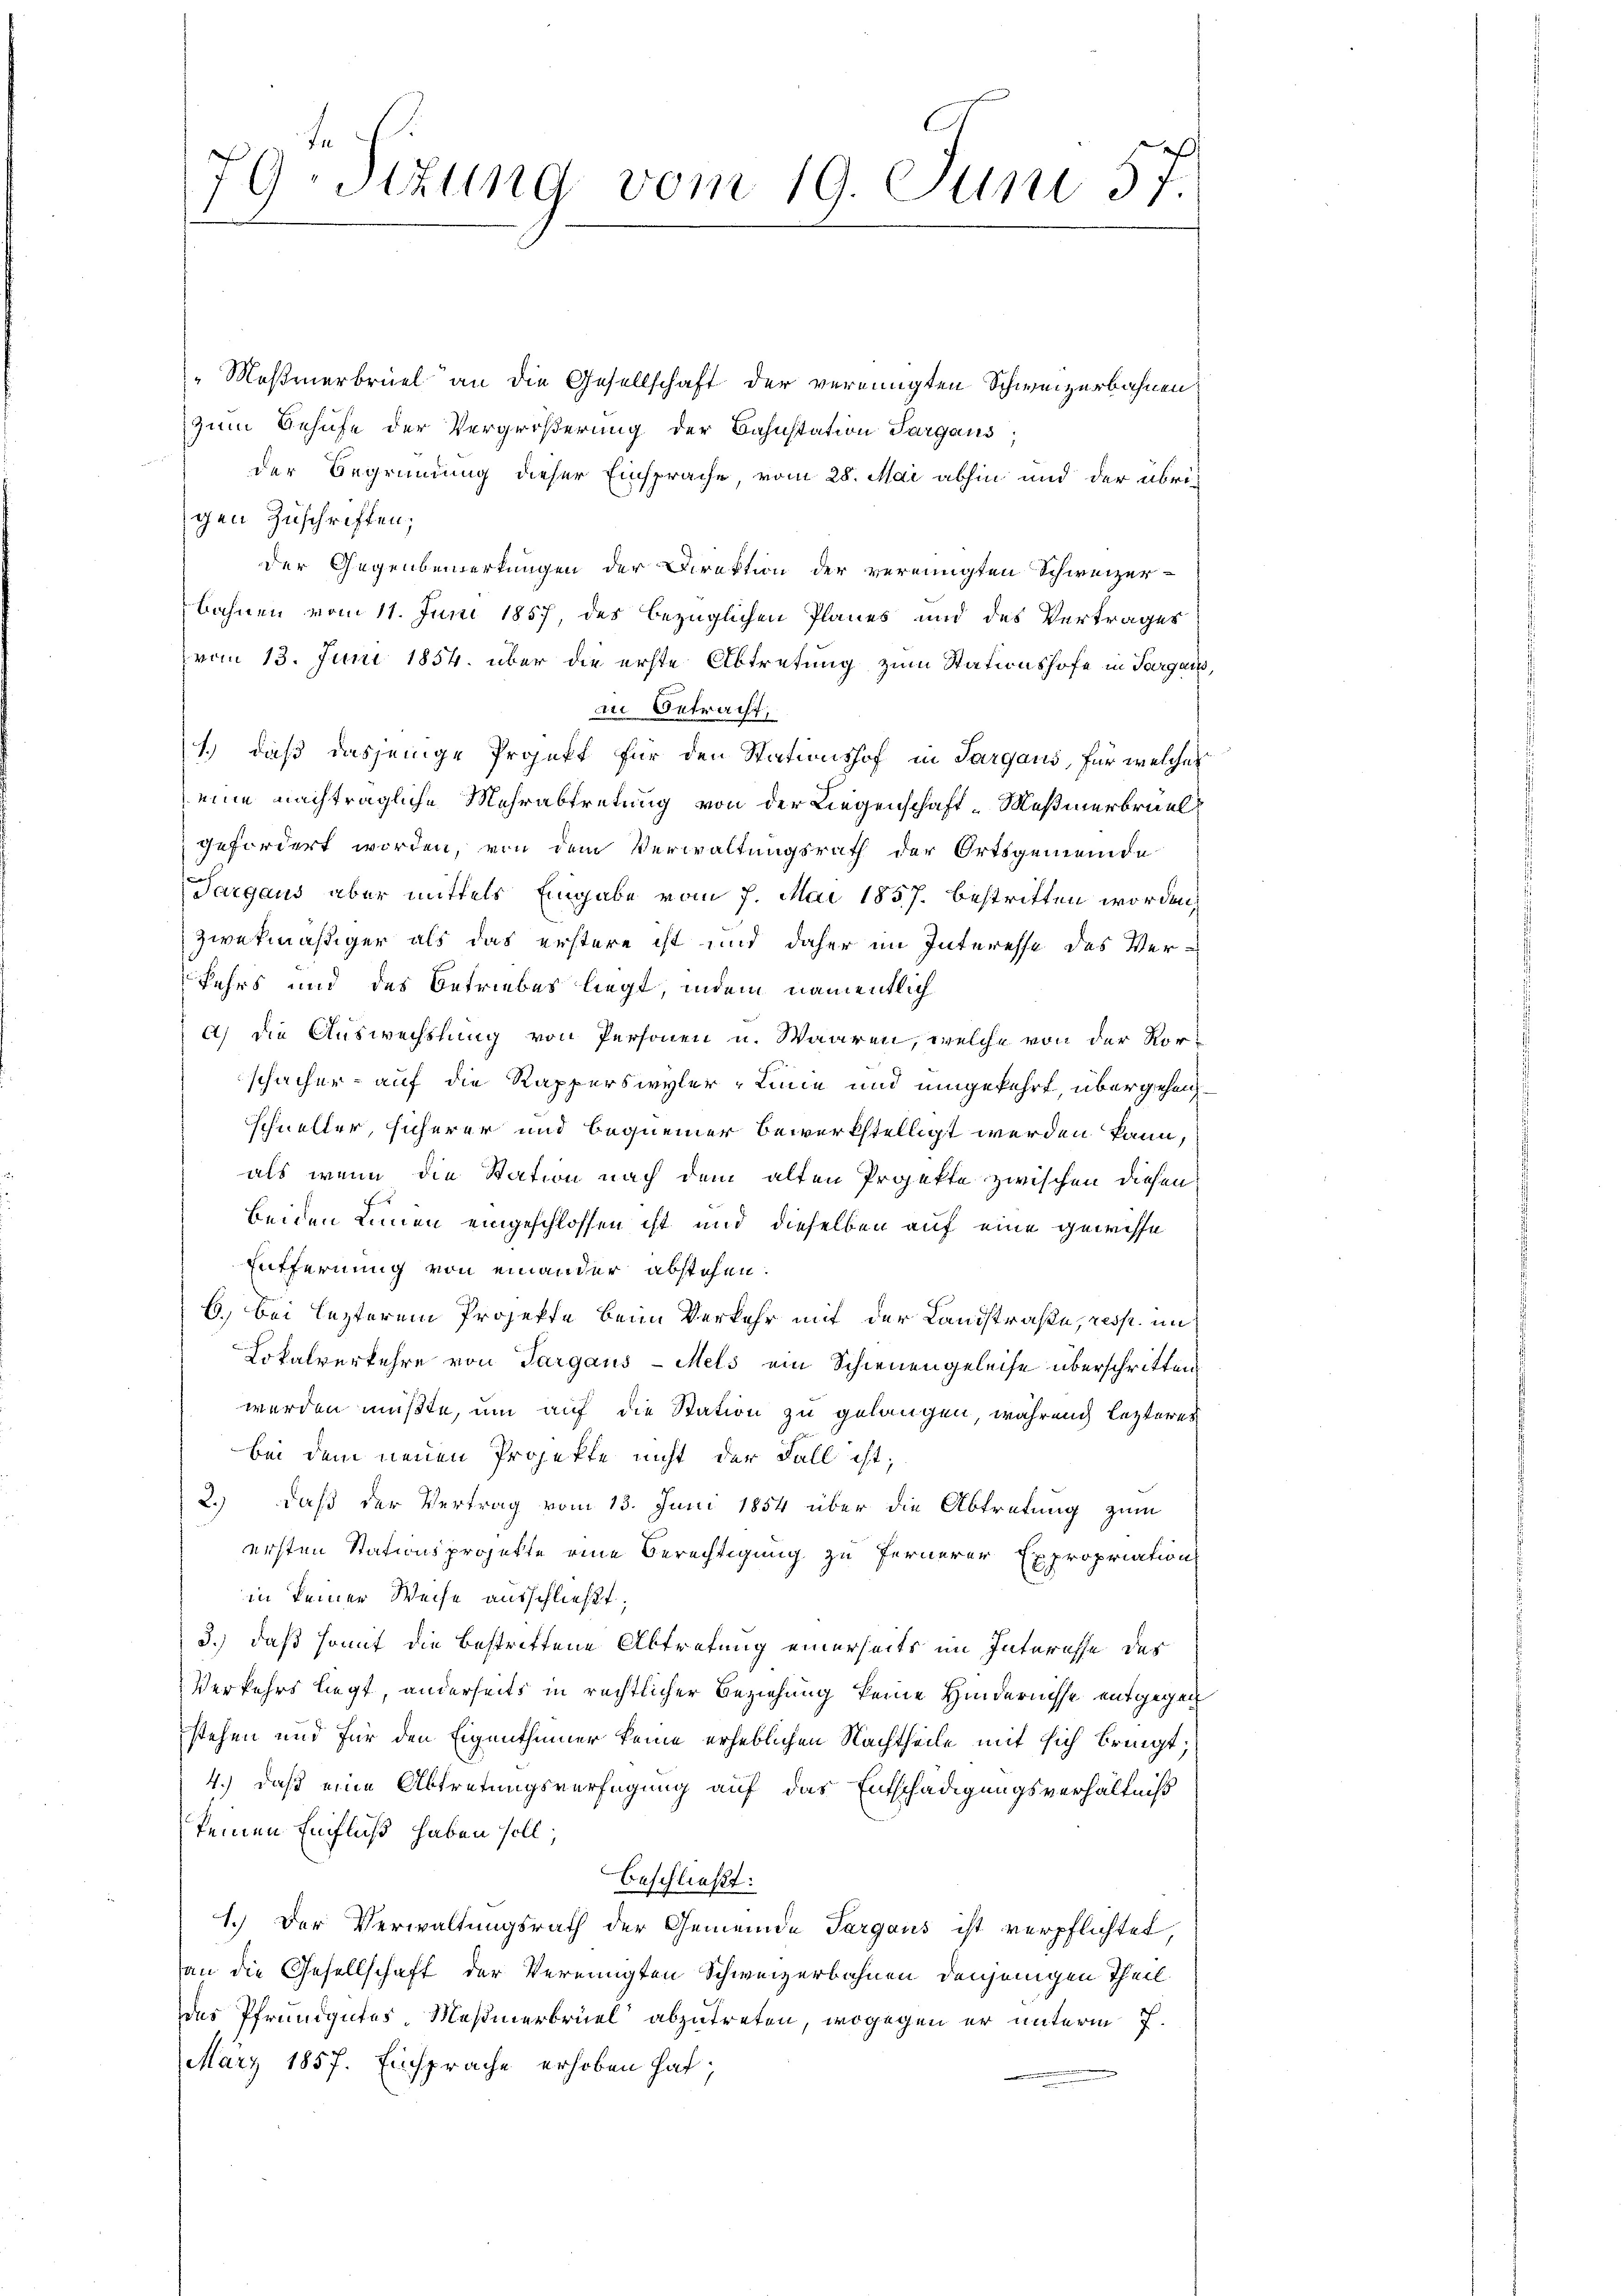
79. Sizung vom 19. Juni 57.

"Meßmerbruel an die Gesellschaft der vereinigten Schweizerbahnen
zum Behufe der Vergrößerung der Bahnstation Sargaus,
der Begründung dieser Einsprache, vom 28. Mai abhin und der übri-
gen Zuschriften;
der Gegenbemerkungen der Direktion der vereinigten Schweizer-
Bahnen vom 11. Juni 1857, des bezüglichen Planes und des Vertrages
vom 13. Juni 1854. über die erste Abtretung zum Stationshofe in Sargaus
in Betracht,
1.) daß dasjenige Projekt für den Stationshof in Sargaus, für welches
eine nachträgliche Mehrabtretung von der Liegenschaft-Meßmerbruel
gefordert worden, von dem Verwaltungsrath der Ortsgemeinde
Targaus aber mittels Eingabe vom 7. Mai 1857. bestritten worden,
zwekmäßiger als das erstere ist und daher im Interesse des Ver¬
Fehrs und des Betriebes liegt, indem namentlich
a) Die Auswechslung von Personen u. Waaren, welche von der Vorschächer - auf die Rapperswyler-Linie und umgekehrt, übergehenschneller, sicherer und bequemer bewerkstelligt werden kann,
als wenn die Station nach dem alten Projekte zwischen diesen
beiden Linien eingeschlossen ist und dieselben auf eine gewisse
Entfernung von einander abstehen.
6.) Bei lezterem Projekte beim Verkehr mit der Landstraße, resp. in
Lokalverkehre von Sargaus-Mels ein Schienengeleise überschritten
werden mußte, um auf die Station zu gelangen, während lezteres
bei dem neuen Projekte nicht der Fall ist,
2.) daß der Vertrag vom 13. Juni 1854 über die Abtretung zum
ersten Stationsprojekte eine Berechtigung zu fernerer Expropriation
in keiner Weise ausschließt;
3.) daß somit die bestrittene Abtretung einerseits im Interesse des
Verkehrs liegt, anderseits in rechtlicher Beziehung keine Hindernisse entgegen
stehen und für den Eigenthümer keine erheblichen Nachtheile mit sich bringt.
4.) daß eine Abtretungsverfügung auf das Entschädigungsverhältniß
keinen Einfluß haben soll;
beschließt:
1.) Der Verwaltungsrath der Gemeinde Sargaus ist verpflichtet,
an die Gesellschaft der Vereinigten Schweizerbahnen denjenigen Theil
des Pfrundgutes, Meßmerbrüel“ abzutreten, wogegen er unterm 7.
März 1857. Einsprache erhoben hat;